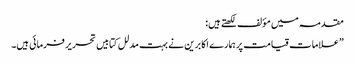
مقدمہ میں مؤلف لکھتے ہیں:
”علامات قیامت پر ہمارے اکابرین نے بہت مدلل کتابیں تحریر فرمائی ہیں۔